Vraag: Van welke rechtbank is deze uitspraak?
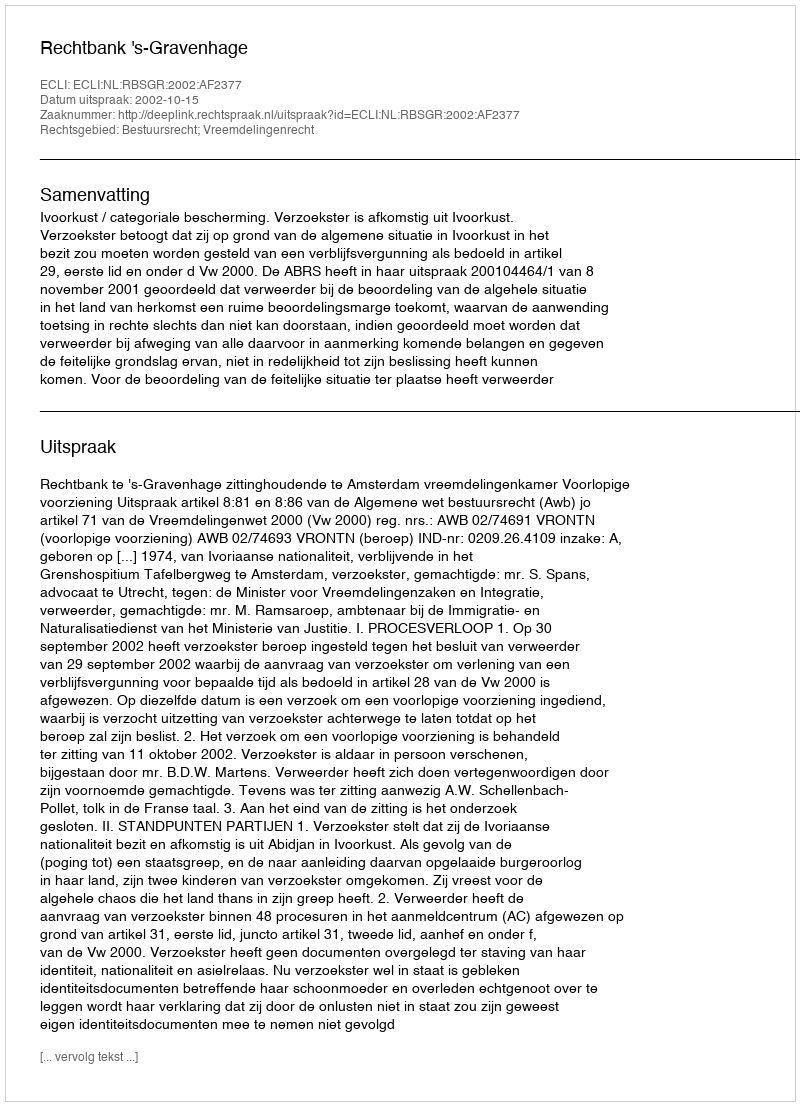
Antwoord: Rechtbank 's-Gravenhage